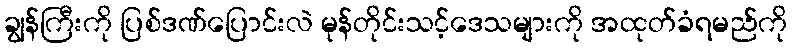
ချွန်ကြီးကို ပြစ်ဒဏ်ပြောင်းလဲ မုန်တိုင်းသင့်ဒေသများကို အထုတ်ခံရမည်ကို